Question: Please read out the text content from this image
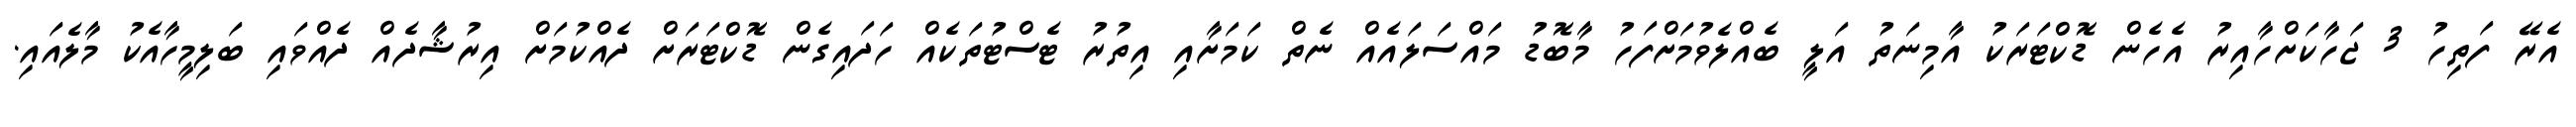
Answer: އެރޭ ފަތިހު 3 ޖަހާކަށްހާއިރު އެހެން ޑޮކްޓަރަކު އާމިނަތު އަލީ ބެއްލެވުމަށްފަހު މާބޮޑު މައްސަލައެއް ނެތް ކަމަށާއި އިތުރު ޓެސްޓުތަކެއް ހަދައިގެން ޑޮކްޓަރަށް ދެއްކުމަށް އިރުޝާދެއް ދެއްވައި ބަލިމީހާއެކު މާލެއައި.